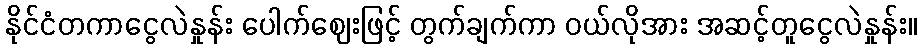
နိုင်ငံတကာငွေလဲနှုန်း ပေါက်ဈေးဖြင့် တွက်ချက်ကာ ဝယ်လိုအား အဆင့်တူငွေလဲနှုန်း။